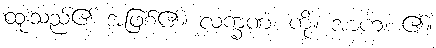
ထူးသည်၏ အဖြစ်၏။ လက္ခဏံ၊ ကို။ အာဟ၊ ၏။